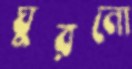
ঘুরনো